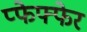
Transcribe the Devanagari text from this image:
प्फेफ्फेर